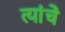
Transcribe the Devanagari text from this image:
त्यांंचेे